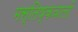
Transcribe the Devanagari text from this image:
मस्तिष्कवालों